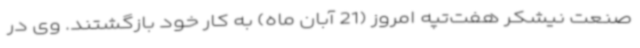
صنعت نیشکر هفت‌تپه امروز (21 آبان ماه) به کار خود بازگشتند. وی در